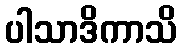
ပါသာဒိကာသိ